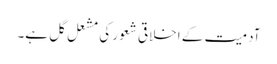
آدمیت کے اخلاقی شعور کی مشعل گل ہے۔